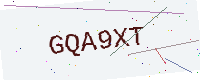
Text: GQA9XT